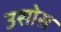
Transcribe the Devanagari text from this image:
उसोस